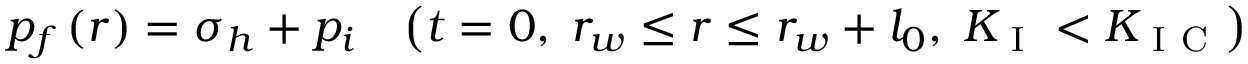
p _ { f } \left( r \right) = \sigma _ { h } + p _ { i } \; \; \; \left( t = 0 , \; r _ { w } \leq r \leq r _ { w } + l _ { 0 } , \; K _ { \mathrm { ~ I ~ } } < K _ { \mathrm { ~ I ~ C ~ } } \right)